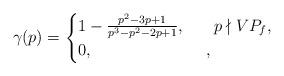
LaTeX: \begin{align*}\gamma(p)=\begin{cases}1-\frac{p^2-3p+1}{p^3-p^2-2p+1}, \:\:&\:\:p\nmid VP_f,\\0, &,\end{cases}\end{align*}